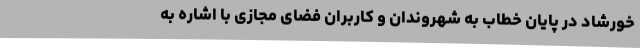
خورشاد در پایان خطاب به شهروندان و کاربران فضای مجازی با اشاره به